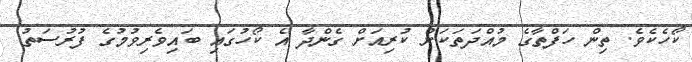
ކޯހެކެވެ. ތިން ހަފްތާގެ މުއްދަތަކަށް ކުރިއަށް ގެންދާ އެ ކޯހުގައި ބައިވެރިވުމުގެ ފުރުސަތު